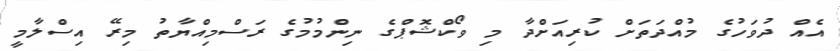
އެއް ދުވަހުގެ މުއްދަތަށް ކުރިއަށްދާ މި ވޯކްޝޮޕްގެ ނިންމުމުގެ ރަސްމިއްޔާތު މިރޭ އިސްލާމީ